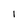
Character: 1